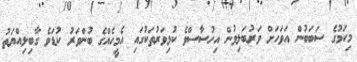
މިކަމުގެ ސަބަބުން އަވަހަށް ވަރުބަލިވުން އިހުސާސްވެ ކުޅިވަރުތަކުގައި އެމީހެއްގެ ބުންވަރު ކުޑަވެ ގާބިލިއްޔަތު